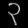
Digit: ၃